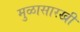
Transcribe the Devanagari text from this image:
मुळासारखी